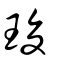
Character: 㻐